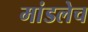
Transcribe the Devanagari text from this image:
मांडलेच